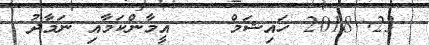
23